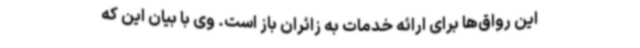
این رواق‌ها برای ارائه خدمات به زائران باز است. وی با بیان این که